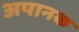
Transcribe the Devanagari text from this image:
अपानक